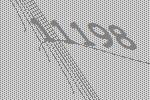
11198